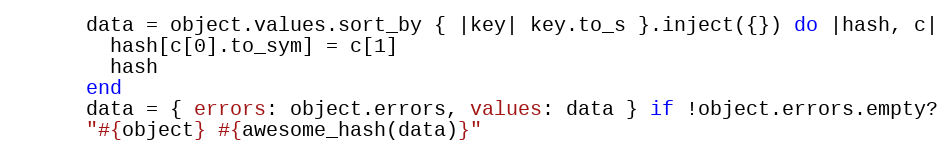
Language: Ruby
      data = object.values.sort_by { |key| key.to_s }.inject({}) do |hash, c|
        hash[c[0].to_sym] = c[1]
        hash
      end
      data = { errors: object.errors, values: data } if !object.errors.empty?
      "#{object} #{awesome_hash(data)}"